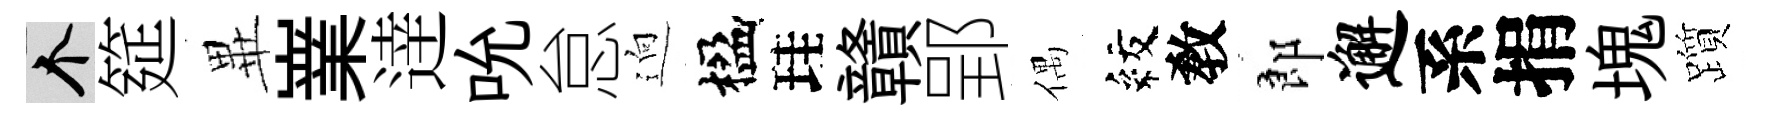
个筵𭺾嶪逹吮怠逈楹珪贛郢偶紋敎郎邂系捐塊躓